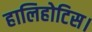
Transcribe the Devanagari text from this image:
हालिहोटिस।